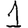
Digit: 1